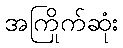
အကြိုက်ဆုံး